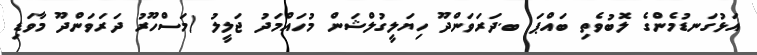
އަޅުގަނޑުމެންގެ ލޮބުވެތި ބައްޕަ ބ.ދަރަވަންދޫ ހިޔަލީގުލްޝަން މުހައްމަދު ޖަލީލު (މަސްހޫރު ދަރަވަންދޫ މާވަޑި